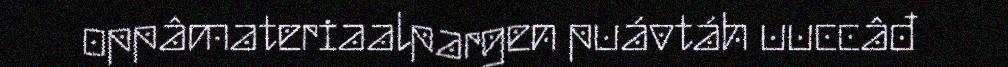
oppâmateriaalpargen puávtáh uuccâđ